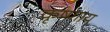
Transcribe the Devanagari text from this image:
कृष्णाय